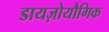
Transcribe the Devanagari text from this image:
डायज़ोयौगिक